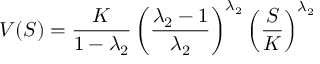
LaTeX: V ( S ) = { \frac { K } { 1 - \lambda _ { 2 } } } \left( { \frac { \lambda _ { 2 } - 1 } { \lambda _ { 2 } } } \right) ^ { \lambda _ { 2 } } \left( { \frac { S } { K } } \right) ^ { \lambda _ { 2 } }